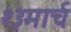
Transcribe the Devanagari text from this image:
१३मार्च